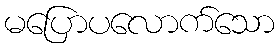
မပြောပလောက်သော